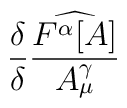
\frac{\delta }{\delta }\frac{\widehat{F^{\alpha }[A]}}{A^{\gamma }_{\mu }}